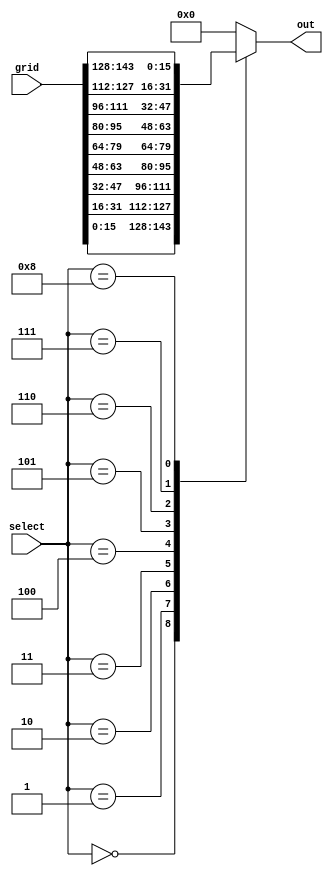
/*
   This file was generated automatically by Alchitry Labs version 1.2.1.
   Do not edit this file directly. Instead edit the original Lucid source.
   This is a temporary file and any changes made to it will be destroyed.
*/

module grid_selector_25 (
    input [3:0] select,
    input [143:0] grid,
    output reg [15:0] out
  );
  
  
  
  always @* begin
    
    case (select[0+3-:4])
      1'h0: begin
        out = grid[0+15-:16];
      end
      1'h1: begin
        out = grid[16+15-:16];
      end
      2'h2: begin
        out = grid[32+15-:16];
      end
      2'h3: begin
        out = grid[48+15-:16];
      end
      3'h4: begin
        out = grid[64+15-:16];
      end
      3'h5: begin
        out = grid[80+15-:16];
      end
      3'h6: begin
        out = grid[96+15-:16];
      end
      3'h7: begin
        out = grid[112+15-:16];
      end
      4'h8: begin
        out = grid[128+15-:16];
      end
      default: begin
        out = 16'h0000;
      end
    endcase
  end
endmodule